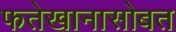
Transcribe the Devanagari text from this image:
फतेखानासोबत